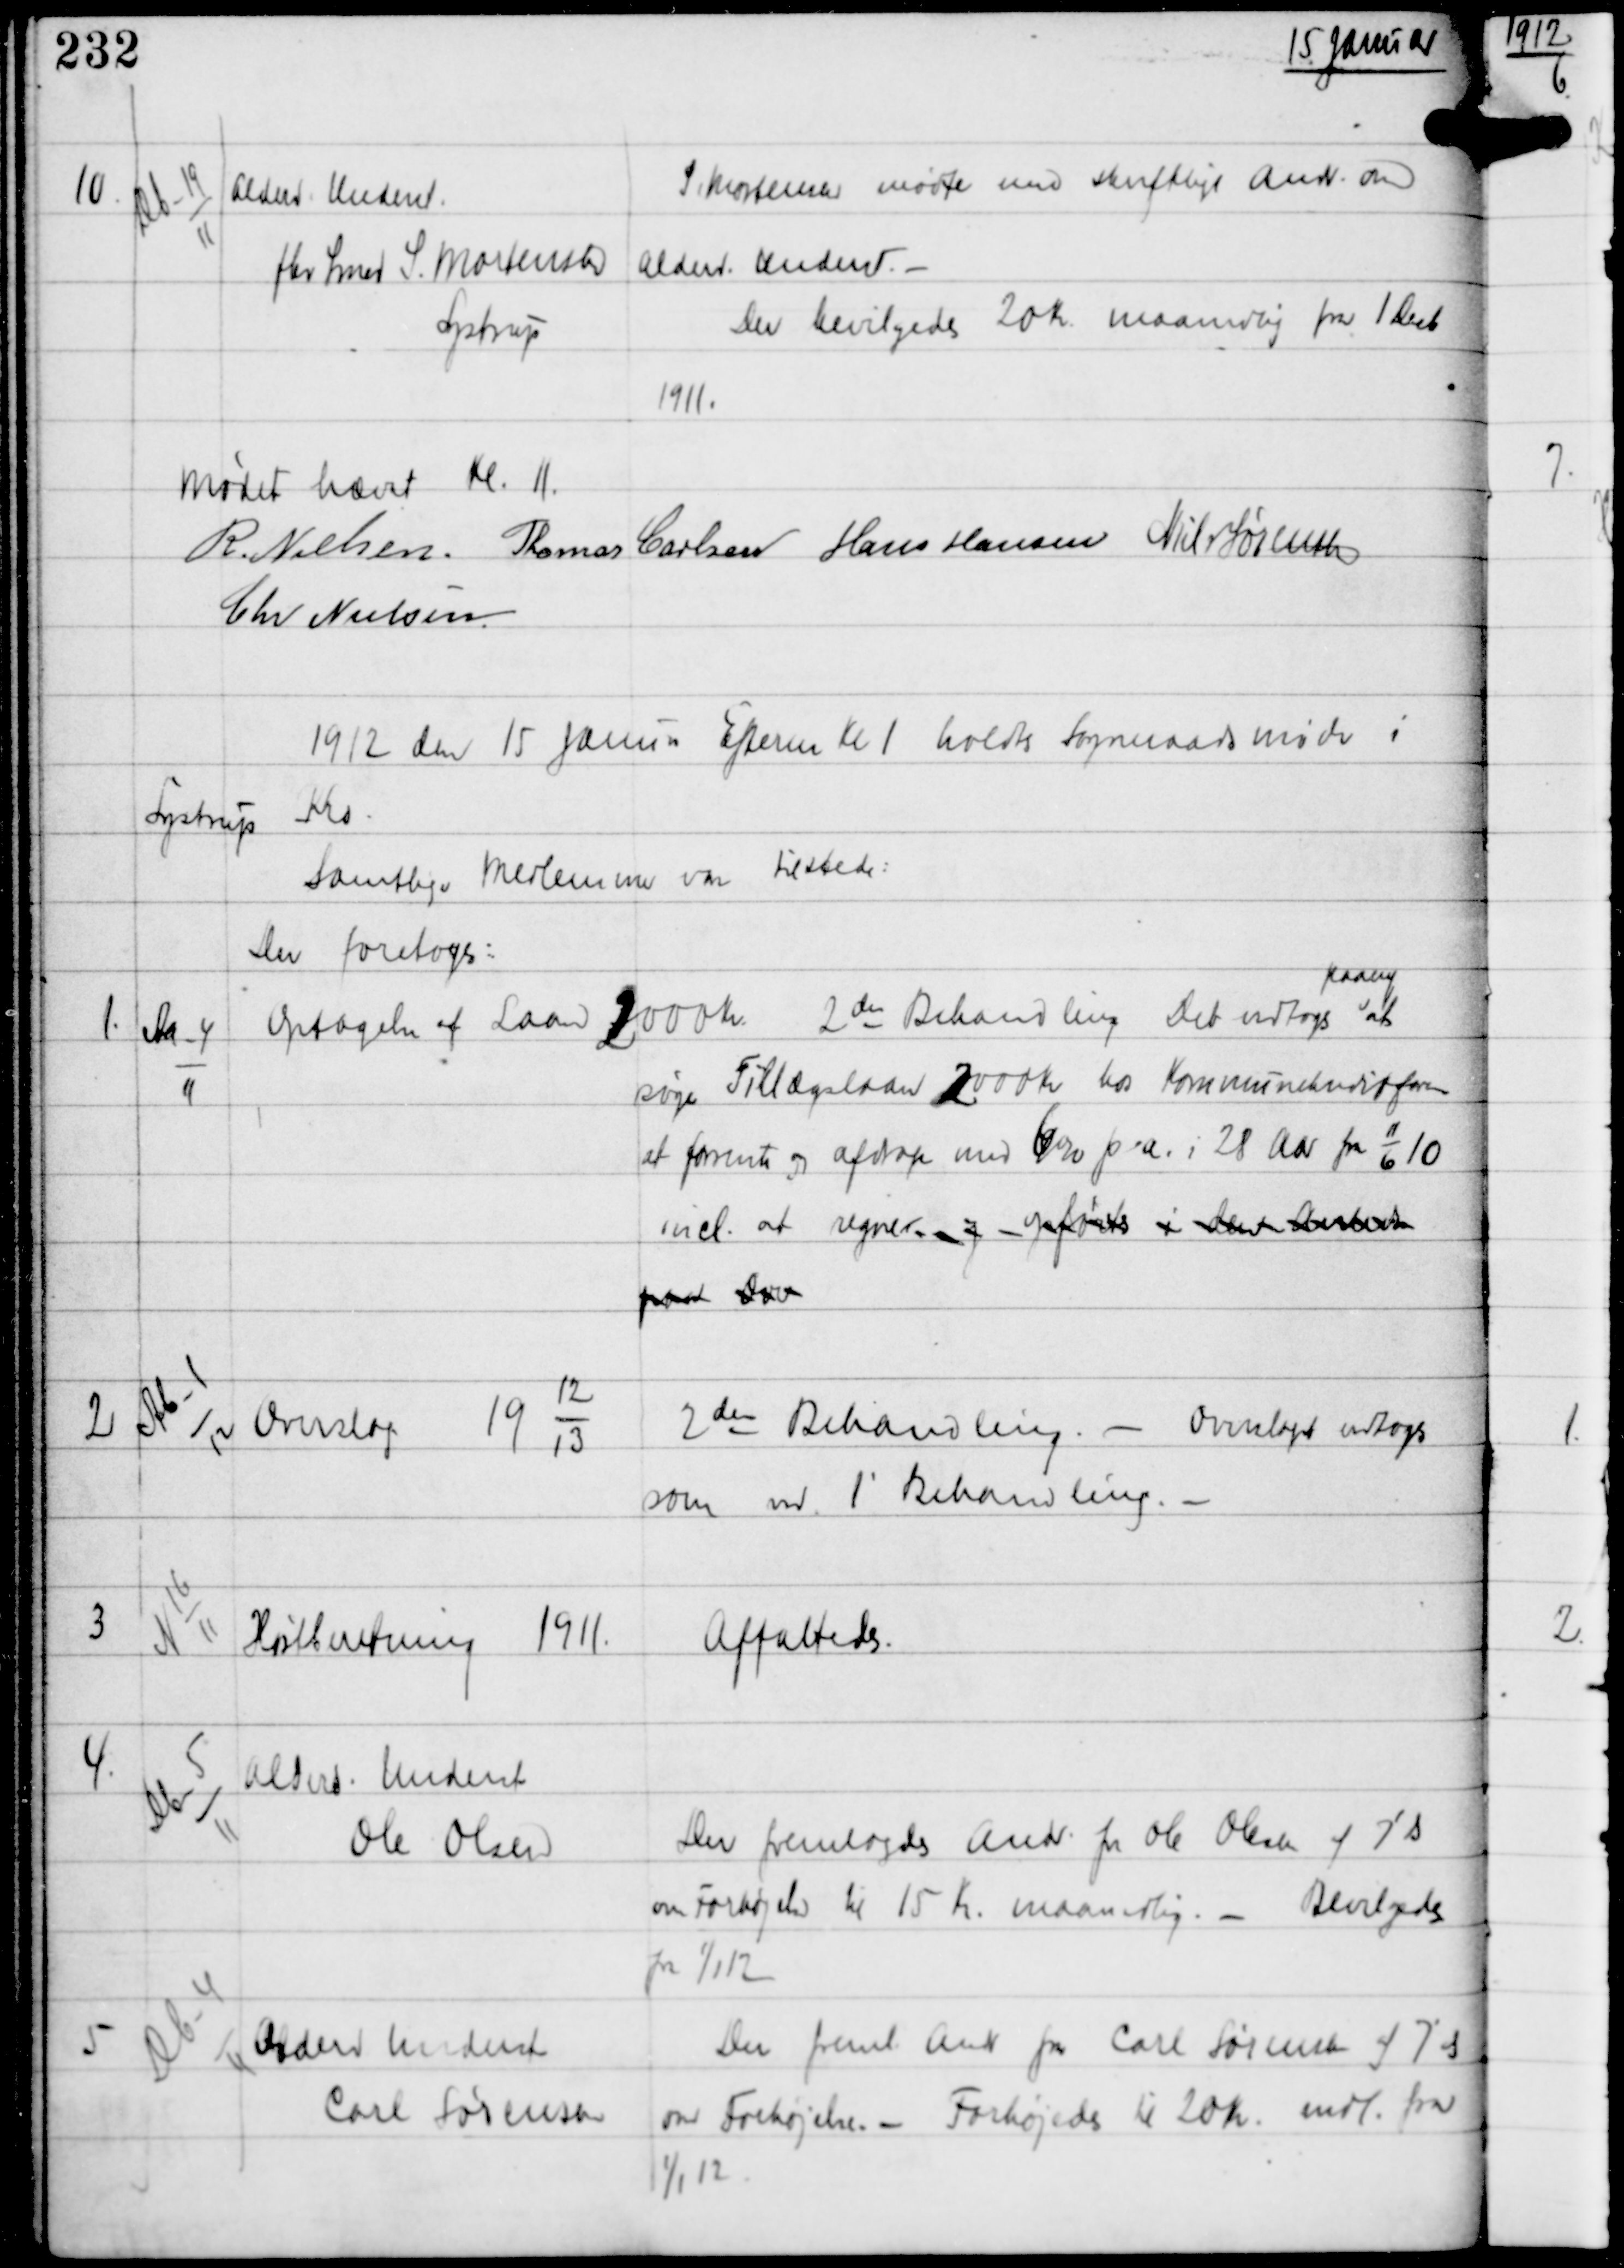
Transskription:
15 Januar

10

Db-19
11

Alderd. Underst
fhv Smed S. Mortensen
Lystrup

S. Mortensen mødte med skriftligt Andr om
Alderd. Underst. -
Der bevilgedes 20 Kr maanedlig fra 1 Decb
1911.

Mødet hævet Kl 11.
R Nielsen Thomas Carlsen Hans Hansen Niels Sørensen
Chr Nielsen

1912 den 15 Januar Efterm Kl 1 holdtes Sogneraadsmøde i
Lystrup
Kro.
Samtlige Medlemmer vare tilstede
Der foretoges:

1

Aa-4
11

Optagelse af Laa 2000 Kr 2den Behandling. Det vedtoges
paany
at
søge Tillægslaan 2000 Kr hos Kommunekreditfor
at forrente og afdrage med 6% p.a i 28 Aar fra 11/6 10
incl. at regne og opførtes i den xxxxxxxxxxx
paa xxx

2

Ab-1
12

Overslag
19
12
13

2den Behandling. - Overslag vedtoges
som ved 1' Behandlingen.-

3

N 16
11

Høstberetning 1911.

Affattedes.

4.

Db-5
11

Alderd Underst
Ole Olesen

Der fremlagdes Andr fra Ole Olesen af 7' ds
om Forhøjelse til 15 Kr maanedlig. - Bevilgedes
fra 1/1 12

5

Db-4
4

Alderd Underst
Carl Sørensen

Der freml Andr fra Carl Sørensen af 7' ds
om Forhøjelsen. - Forhøjedes til 20 Kr mdl fra
1/1 12